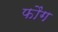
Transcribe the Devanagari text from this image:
फौंग